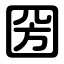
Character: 圀